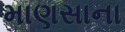
માણસાના